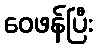
ဝေဖန်ပြီး